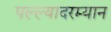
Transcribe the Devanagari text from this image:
पल्ल्यादरम्यान